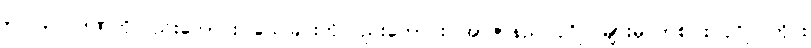
၃၁၊ ၃၂၊ ဒဏ်ကိုလည်းကောင်း၊ သေခြင်းကိုလည်းကောင်း၊ အာဇာနည် ပုဂ္ဂိုလ်များမှ တစ်ပါး ပုဂ္ဂိုလ်တိုင်း